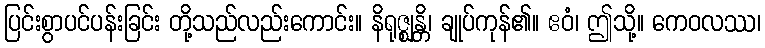
ပြင်းစွာပင်ပန်းခြင်း တို့သည်လည်းကောင်း။ နိရုဇ္ဈန္တိ၊ ချုပ်ကုန်၏။ ဧဝံ၊ ဤသို့။ ကေဝလဿ၊